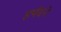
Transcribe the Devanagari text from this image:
हर्षदने